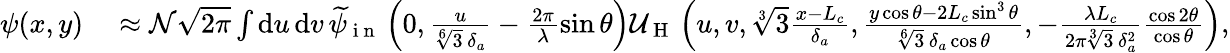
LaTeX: \begin{array}{rl}{\psi(x,y)}&{{}\approx\mathcal{N}\sqrt{2\pi}\int\mathrm{d}u\, \mathrm{d}v\, \smash{\widetilde{\psi}}_{\mathrm{~i~n~}}\left(0,\frac{u}{\sqrt[6]{3}\, \delta_{a}}-\frac{2\pi}{\lambda}\sin\theta\right)\mathcal{U}_{\mathrm{~H~}}\left(u,v,\sqrt[3]{3}\frac{x-L_{c}}{\delta_{a}},\frac{y\cos\theta-2L_{c}\sin^{3}\theta}{\sqrt[6]{3}\, \delta_{a}\cos\theta},-\frac{\lambda L_{c}}{2\pi\sqrt[3]{3}\, \delta_{a}^{2}}\frac{\cos 2\theta}{\cos\theta}\right),}\end{array}